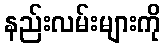
နည်းလမ်းများကို